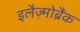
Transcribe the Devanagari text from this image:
इलैज़्मोब्रैंक